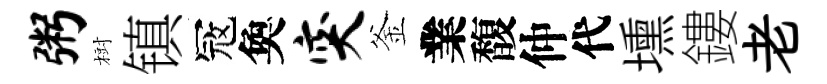
粥𣗳镇冦奐突釜業馥仲代壎鏤老